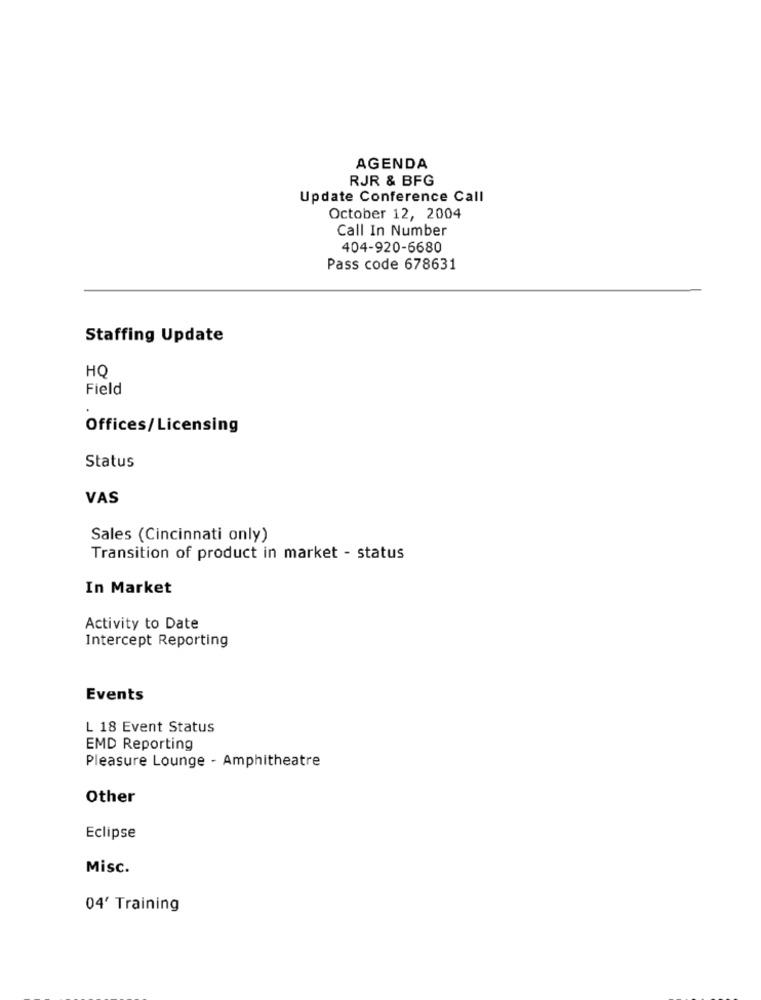
AGENDA
RJR & BFG
Update Conference Call
October 12, 2004
Call In Number
404-920-6680
Pass code 678631
Staffing Update
HQ
Field
Offices/Licensing
Status
VAS
Sales (Cincinnati only)
Transition of product in market - status
In Market
Activity to Date
Intercept Reporting
Events
L 18 Event Status
EMD Reporting
Pleasure Lounge - Amphitheatre
Other
Eclipse
Misc.
04' Training